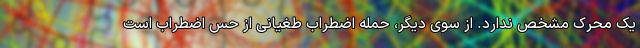
یک محرک مشخص ندارد. از سوی دیگر، حمله اضطراب طغیانی از حس اضطراب است